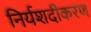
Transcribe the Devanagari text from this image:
निर्यशदीकरण